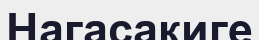
Нагасакиге